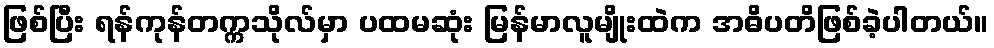
ဖြစ်ပြီး ရန်ကုန်တက္ကသိုလ်မှာ ပထမဆုံး မြန်မာလူမျိုးထဲက အဓိပတိဖြစ်ခဲ့ပါတယ်။